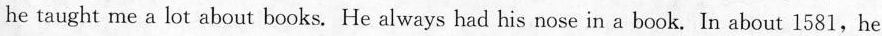
he taught me a lot about books. He always had his nose in a book. In about 1581,he